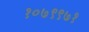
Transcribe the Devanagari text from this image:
१०७९९७१